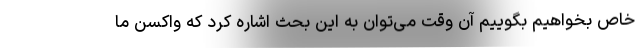
خاص بخواهیم بگوییم آن وقت می‌توان به این بحث اشاره کرد که واکسن ما